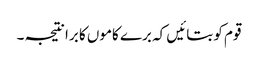
قوم کو بتائیں کہ برے کاموں کا برا نتیجہ ۔